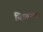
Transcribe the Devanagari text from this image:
विक़मगड